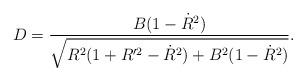
LaTeX: \begin{align*}D = \frac{B (1 - \dot{R}^2)} {\sqrt{R^2 (1 + R'^2 - \dot{R}^2) + B^2 (1 - \dot{R}^2)}}.\end{align*}